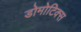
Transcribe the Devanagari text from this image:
डोमोटिक्स